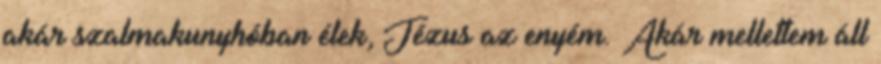
akár szalmakunyhóban élek, Jézus az enyém. Akár mellettem áll